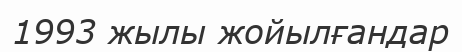
1993 жылы жойылғандар